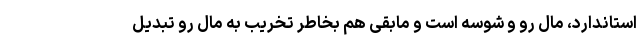
استاندارد، مال رو و شوسه است و مابقی هم بخاطر تخریب به مال رو تبدیل